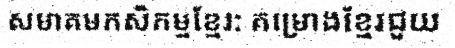
សមាគមកសិកម្មខ្មែរ: គម្រោងខ្មែរជួយ